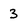
Character: 3